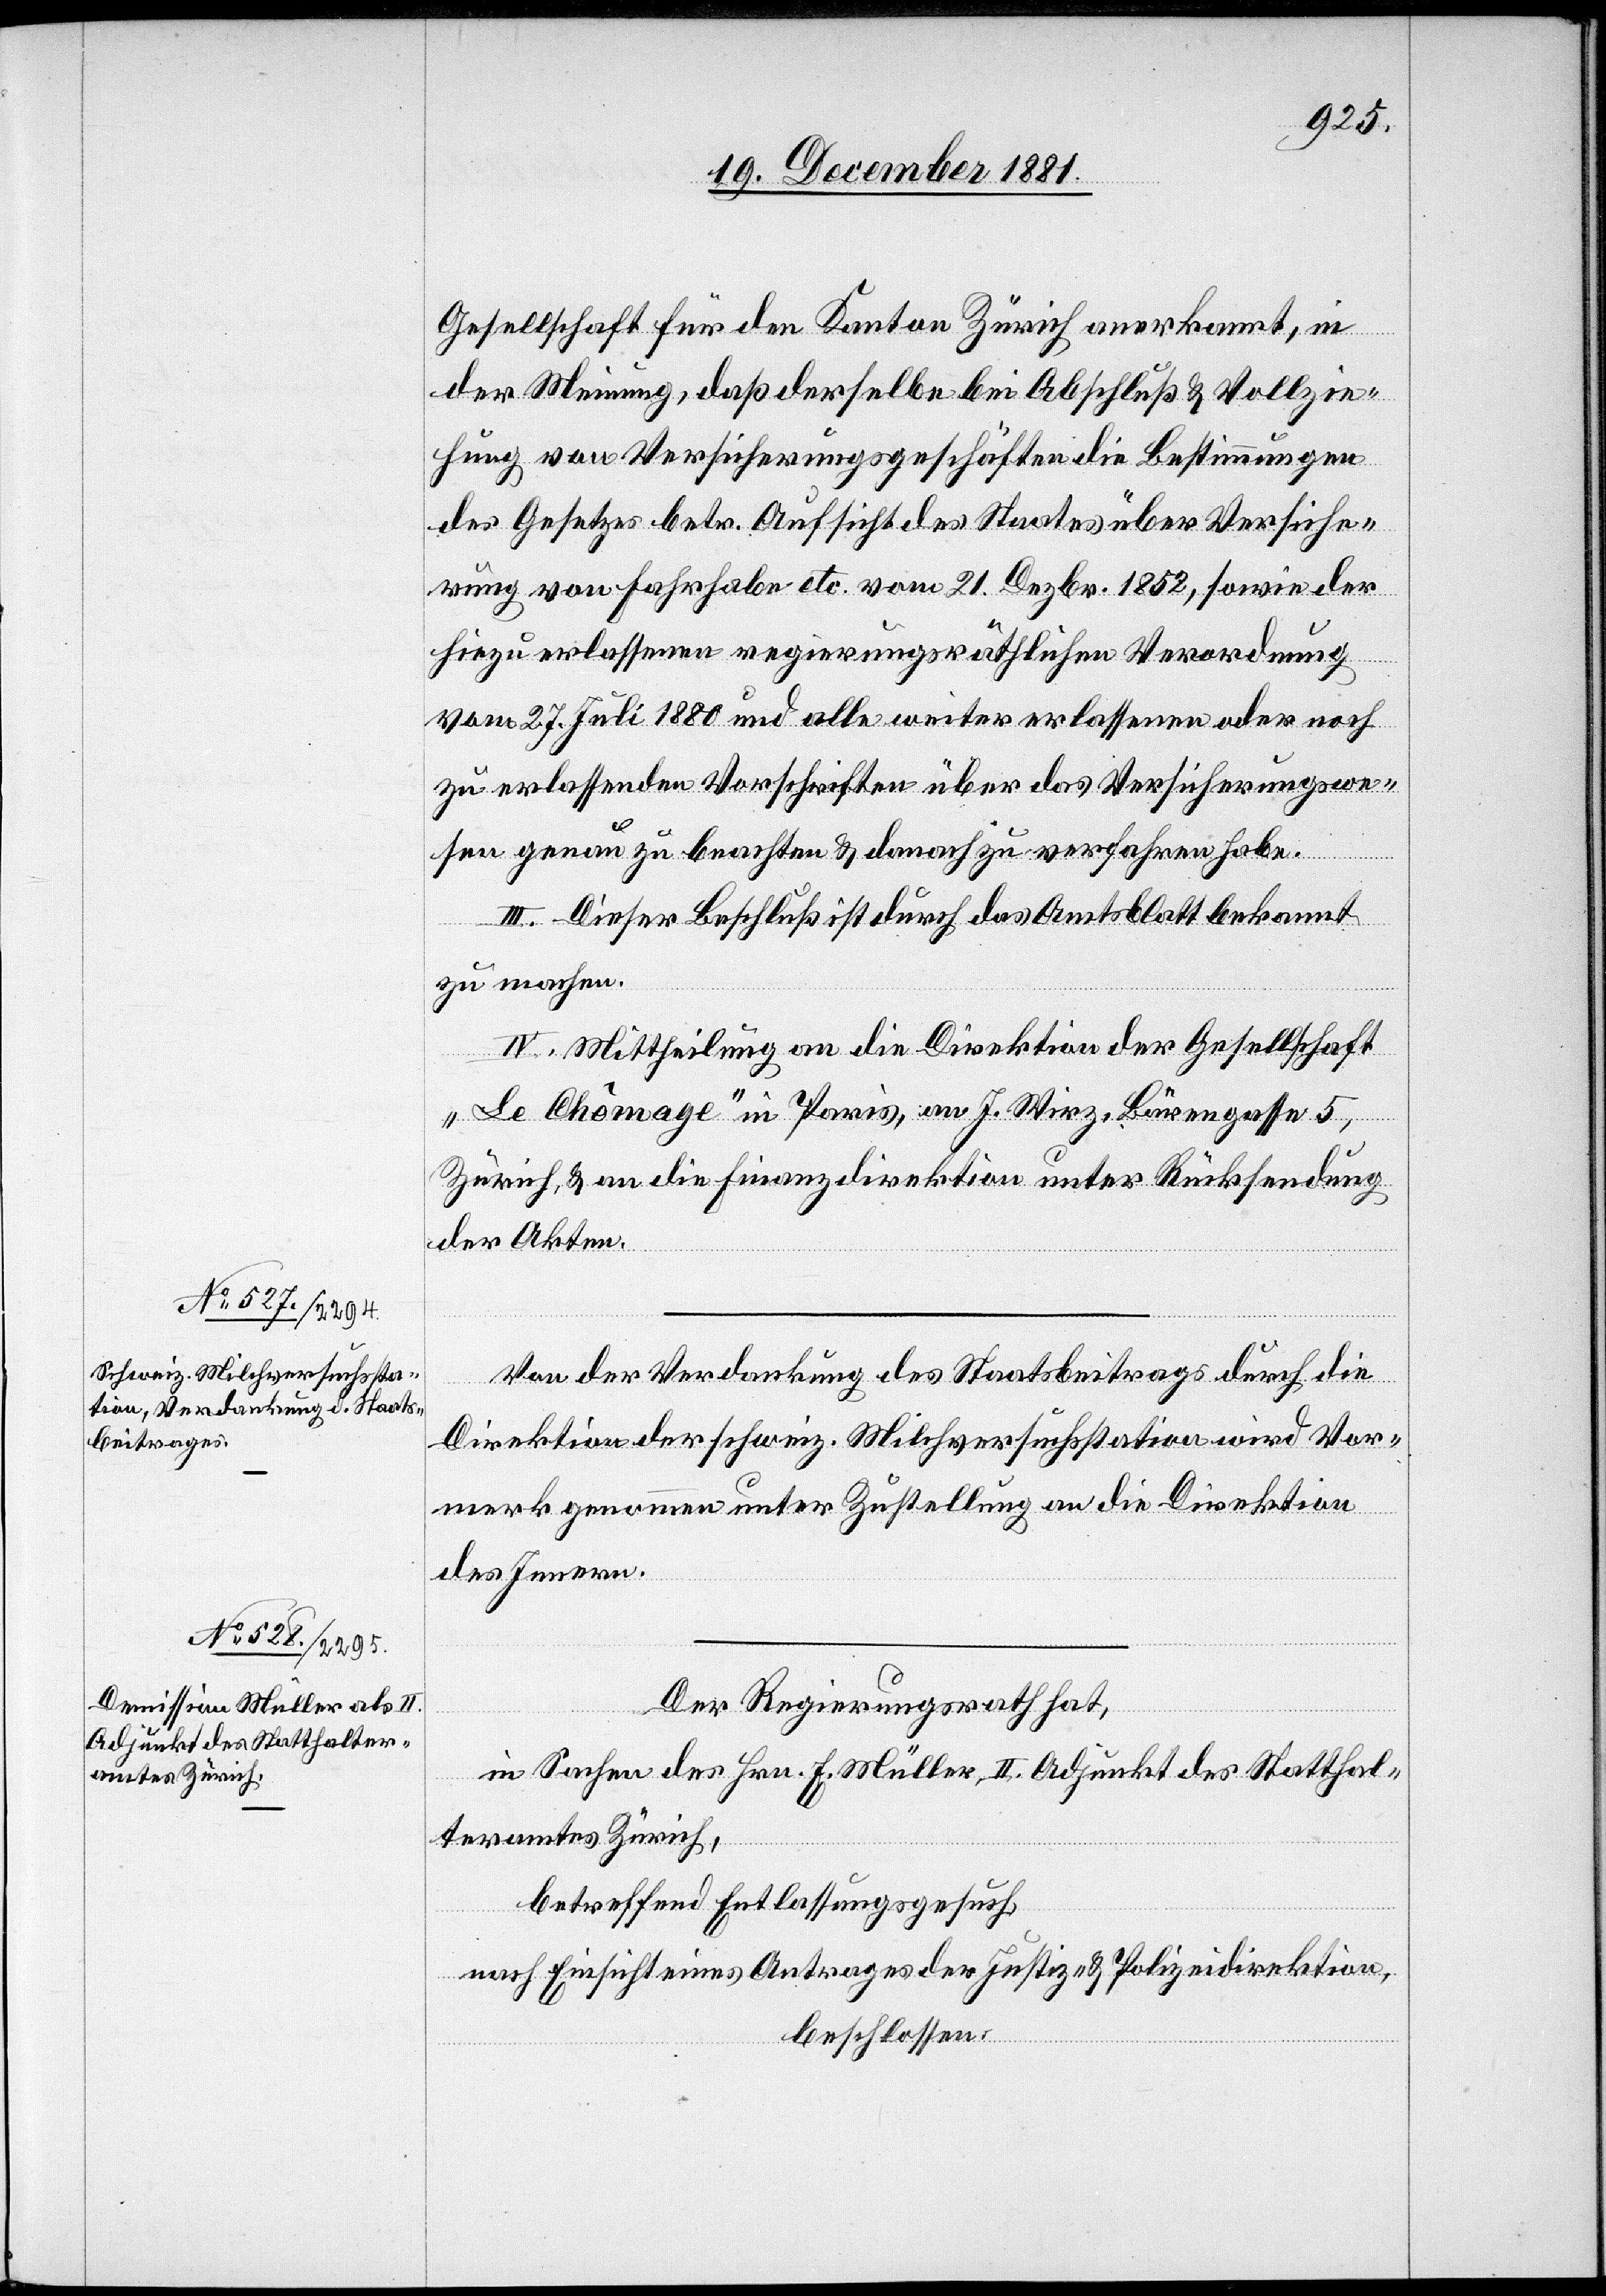
Gesellschaft für den Kanton Zürich anerkannt, in
der Meinung, daß derselbe bei Abschluß & Vollzie¬
hung von Versicherungsgeschäften die Bestimmungen
des Gesetzes betr. Aufsicht des Staates über Versiche¬
rung von Feuerschaden etc. vom 21. Dezbr. 1852, sowie der
hiezu erlassenen regierungsräthlichen Verordnung
vom 27. Juli 1880 und alle weiter erlassenen oder noch
zu erlassenden Vorschriften über das Versicherungswe¬
sen genau zu beachten & danach zu verfahren habe.
III. Dieser Beschluß ist durch das Amtsblatt bekannt
zu machen.
IV. Mittheilung an die Direktion der Gesellschaft
„Le Chômage“ in Paris, an J. Wirz, Bärengasse 5,
Zürich, & an die Finanzdirektion unter Rücksendung
der Akten.
Von der Verdankung des Staatsbeitrages durch die
Direktion der schweiz. Milchversuchsstation wird Vor¬
merk genommen unter Zustellung an die Direktion
des Innern.
Der Regierungsrath hat,
in Sachen des Hrn. E. Müller, II. Adjunkt des Statthal¬
teramtes Zürich,
betreffend Entlassungsgesuch,
nach Einsicht eines Antrages der Justiz- & Polizeidirektion,
beschlossen: